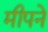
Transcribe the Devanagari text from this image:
मीपने